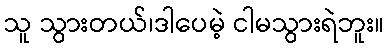
သူ သွားတယ်၊ဒါပေမဲ့ ငါမသွားရဲဘူး။